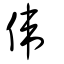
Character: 偉